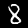
Digit: 8